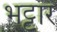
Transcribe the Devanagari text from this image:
भट्टार